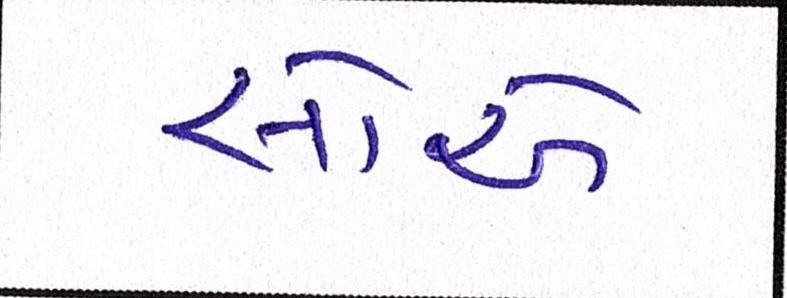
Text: સોએ